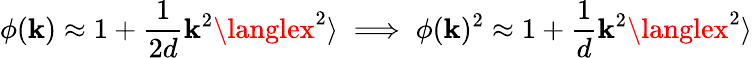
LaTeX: \phi(\mathbf{k})\approx1+\frac{{1}}{{2d}}\mathbf{k}^{2}\langlex^{2}\rangle\implies\phi(\mathbf{k})^{2}\approx1+\frac{{1}}{{d}}\mathbf{k}^{2}\langlex^{2}\rangle